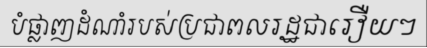
បំផ្លាញដំណាំរបស់ប្រជាពលរដ្ឋជារឿយៗ